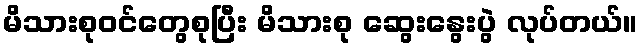
မိသားစုဝင်တွေစုပြီး မိသားစု ဆွေးနွေးပွဲ လုပ်တယ်။